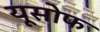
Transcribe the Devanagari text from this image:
यूसोफ